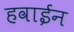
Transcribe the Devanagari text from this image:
हवाईन